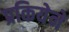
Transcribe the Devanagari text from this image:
प्रकियेने